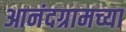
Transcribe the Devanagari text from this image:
आनंदग्रामच्या